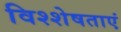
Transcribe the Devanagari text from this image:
विश्शेषताएं